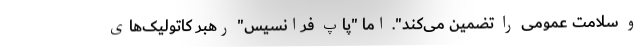
و سلامت عمومی را تضمین می‌کند". اما "پاپ‌ فرانسیس" رهبر کاتولیک‌های